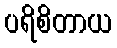
ပရိစိတာယ